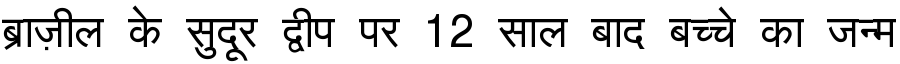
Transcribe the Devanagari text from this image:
ब्राज़ील के सुदूर द्वीप पर 12 साल बाद बच्चे का जन्म